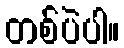
တစ်ပဲပါ။